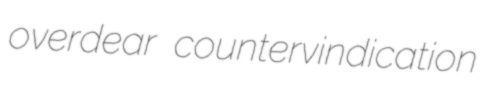
overdear countervindication